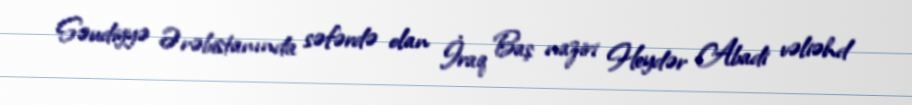
Səudiyyə Ərəbistanında səfərdə olan İraq Baş naziri Heydər Abadi vəliəhd